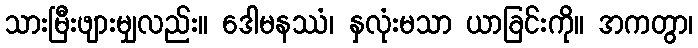
သားမြီးဖျားမျှလည်း။ ဒေါမနဿံ၊ နှလုံးမသာ ယာခြင်းကို။ အကတွာ၊